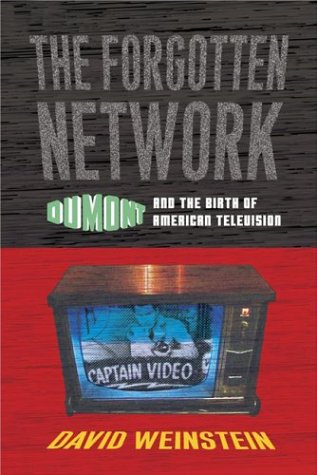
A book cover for The Forgotten Network: Dumont and the Birth of American Television; David Weinstein; Humor & Entertainment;